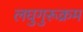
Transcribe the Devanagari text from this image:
लघुगुरूक्रम